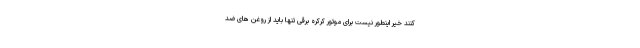
کنند خیر اینطور نیست برای موتور کرکره برقی تنها باید از روغن های ضد